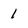
Character: 1